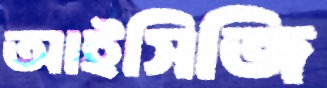
আইসিজি